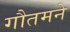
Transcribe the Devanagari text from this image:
गौतमने